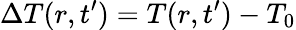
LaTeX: \Delta T(r,t^{\prime})=T(r,t^{\prime})-T_{0}